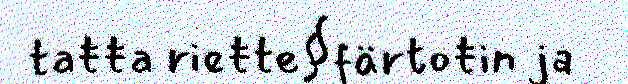
taŧŧa rieŧte§färtoŧin ja